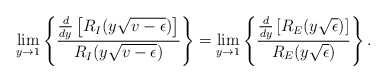
\begin{align*}\lim_{y\rightarrow 1}\left\{ \frac{\frac{d}{dy}\left[R_I(y\sqrt{v-\epsilon})\right]} {R_I(y\sqrt{v-\epsilon})} \right\}= \lim_{y\rightarrow 1}\left\{\frac{\frac{d}{dy}\left[R_E(y\sqrt{\epsilon})\right]} {R_E(y\sqrt{\epsilon})}\right\}.\end{align*}